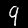
Label: 9